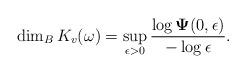
LaTeX: \begin{align*}\dim_{B}K_{v}(\omega)=\sup_{\epsilon>0}\frac{\log\mathbf{\Psi}(0,\epsilon)}{-\log\epsilon}.\end{align*}